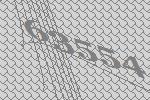
63554